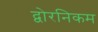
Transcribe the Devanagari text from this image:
द्वोरनिकम